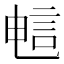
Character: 𫌷